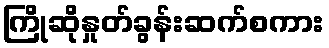
ကြိုဆိုနှုတ်ခွန်းဆက်စကား